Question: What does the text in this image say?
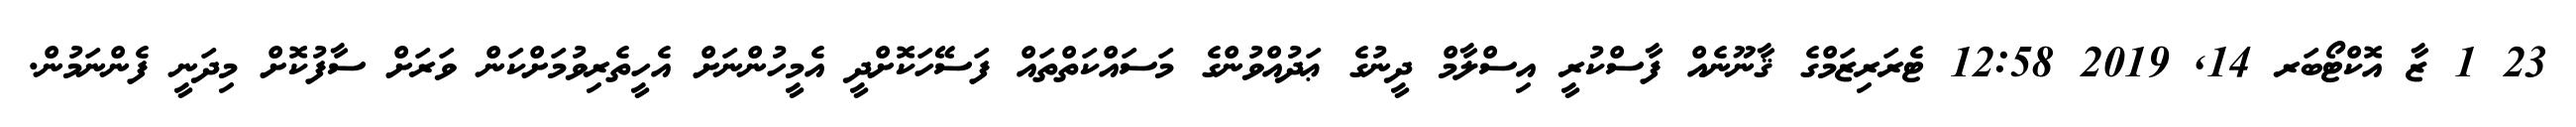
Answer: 23 1 ޒާ އޮކްޓޯބަރ 14, 2019 12:58 ޓެރަރިޒަމްގެ ޤާނޫނެއް ފާސްކުރީ އިސްލާމް ދީނުގެ ޢަދުއްވުންގެ މަސައްކަތްތައް ފަސޭހަކޮށްދީ އެމީހުންނަށް އެހީތެރިވުމަށްކަން ވަރަށް ސާފުކޮށް މިދަނީ ފެންނަމުން.